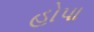
હોપા